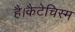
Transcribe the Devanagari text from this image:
है।कैटेचिस्म